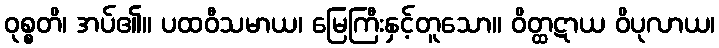
ဝုစ္စတိ၊ အပ်၏။ ပထဝီသမာယ၊ မြေကြီးနှင့်တူသော။ ဝိတ္ထဋာယ ဝိပုလာယ၊